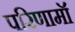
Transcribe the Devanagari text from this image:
परिणामॉ